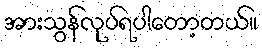
အားသွန်လုပ်ရပါတော့တယ်။